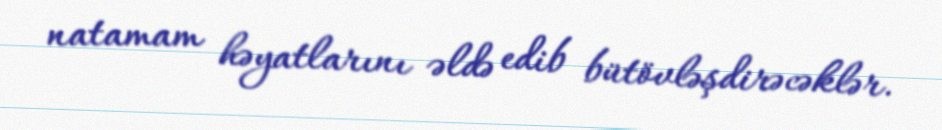
natamam həyatlarını əldə edib bütövləşdirəcəklər.